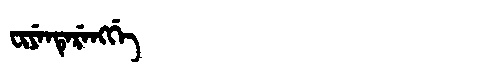
Manchu: ᠸᡳᠶᡝᠨᡨᡝᡵᡝᠩᡤᡝ
Romanization: FIYENTERENGGE